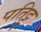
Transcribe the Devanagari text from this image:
पतिट्टु